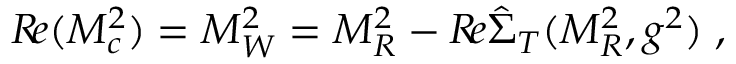
{ \cal R } \! e ( M _ { c } ^ { 2 } ) = M _ { W } ^ { 2 } = M _ { R } ^ { 2 } - { \cal R } \! e \hat { \Sigma } _ { T } ( M _ { R } ^ { 2 } , g ^ { 2 } ) \; ,